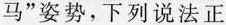
马”姿势，下列说法正